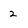
Character: 2